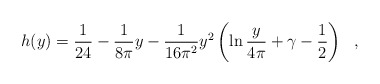
\begin{align*}h(y)= \frac{1}{24} -\frac{1}{8 \pi} y -\frac{1}{16 \pi^2} y^2\left(\ln \frac{y}{4\pi} + \gamma - \frac{1}{2}\right)~~, \end{align*}